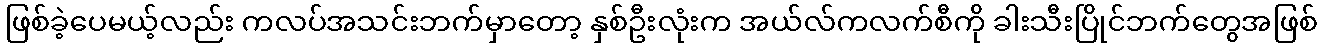
ဖြစ်ခဲ့ပေမယ့်လည်း ကလပ်အသင်းဘက်မှာတော့ နှစ်ဦးလုံးက အယ်လ်ကလက်စီကို ခါးသီးပြိုင်ဘက်တွေအဖြစ်